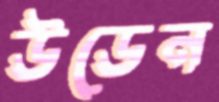
উডেন